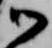
御